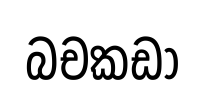
බචකඩා